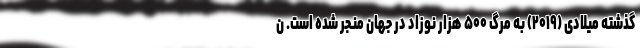
گذشته میلادی (۲۰۱۹) به مرگ ۵۰۰ هزار نوزاد در جهان منجر شده است. ن